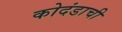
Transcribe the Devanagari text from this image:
कोदंडाची